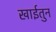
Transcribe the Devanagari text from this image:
खाईतुन